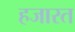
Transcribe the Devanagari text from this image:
हजारत